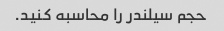
حجم سیلندر را محاسبه کنید.